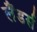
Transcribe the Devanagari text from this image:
लैंडर्स